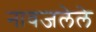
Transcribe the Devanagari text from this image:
नावजलेले